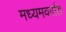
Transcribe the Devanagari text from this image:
मध्यमवर्गात